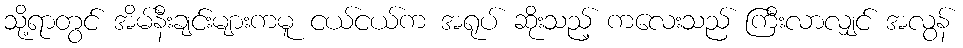
သို့ရာတွင် အိမ်နီးချင်းများကမူ ငယ်ငယ်က အရုပ် ဆိုးသည့် ကလေးသည် ကြီးလာလျှင် အလွန်